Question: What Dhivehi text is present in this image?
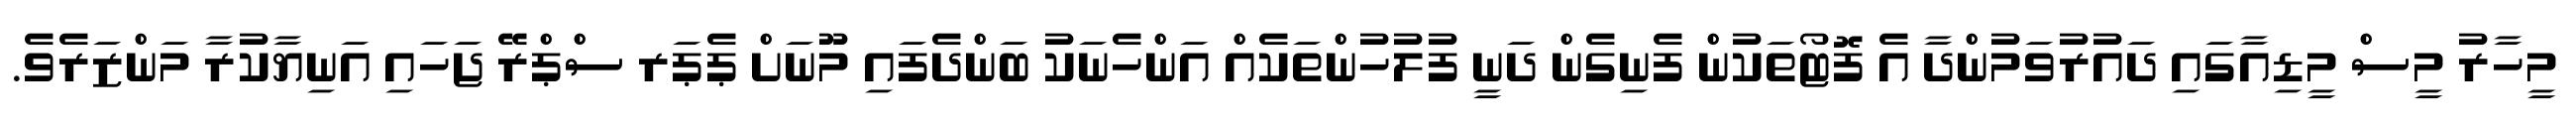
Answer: މީހާރު މީސް މީޑިއާގައި ދައުރުވަމުންދާ އެ ފޮޓޯތަކުން ފެނިގެން ދަނީ ފުލުހުންތަކެއް އަންހެނަކު ބަންދެފައި މޫނަށް ޕެޕަރ ސްޕްރޭ ޖަހައި އަނިޔާކުރާ މަންޒަރެވެ.